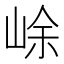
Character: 𡷣